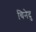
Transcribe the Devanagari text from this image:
चिनेदु